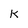
Character: k